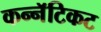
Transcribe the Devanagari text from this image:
कन्नॅटिकट